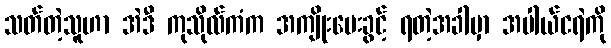
သတ်တဲ့သူဟာ အဲဒီ ကုသိုလ်ကံက အကျိုးပေးခွင့် ရတဲ့အခါမှာ အပါယ်ငရဲကို